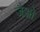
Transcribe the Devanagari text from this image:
जैओ